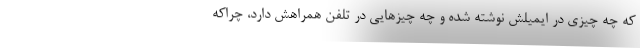
که چه چیزی در ایمیلش نوشته شده و چه چیزهایی در تلفن همراهش دارد، چراکه